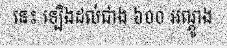
នេះ ឡើងដល់ជាង ៦០០ អណ្តូង